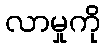
လာမှုကို